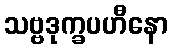
သဗ္ဗဒုက္ခပဟီနော